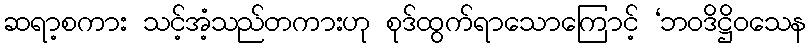
ဆရာ့စကား သင့်အံ့သည်တကားဟု စုဒ်ထွက်ရာသောကြောင့် ‘ဘဝဒိဋ္ဌိဝသေန